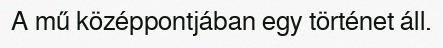
A mű középpontjában egy történet áll.